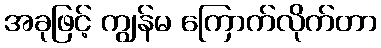
အခုဖြင့် ကျွန်မ ကြောက်လိုက်တာ